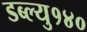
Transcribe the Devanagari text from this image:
डब्ल्यु१४०